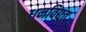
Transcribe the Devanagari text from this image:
धनविद्युत्